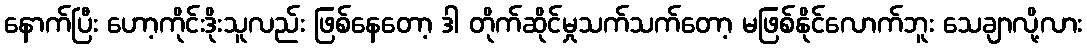
နောက်ပြီး ဟော့ကိုင်းဒိုးသူလည်း ဖြစ်နေတော့ ဒါ တိုက်ဆိုင်မှုသက်သက်တော့ မဖြစ်နိုင်လောက်ဘူး သေချာလို့လား